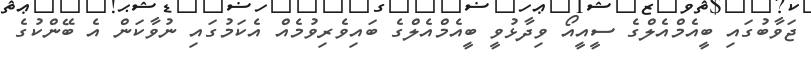
ޖަވާބުގައި ބީއެމްއެލްގެ ސީއީއޯ ވިދާޅުވީ ބީއެމްއެލްގެ ބައިވެރިވުމެއް އެކަމުގައި ނުވާކަން އެ ބޭންކުގެ